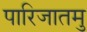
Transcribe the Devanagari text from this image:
पारिजातमु